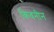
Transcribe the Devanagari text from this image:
किवनीन